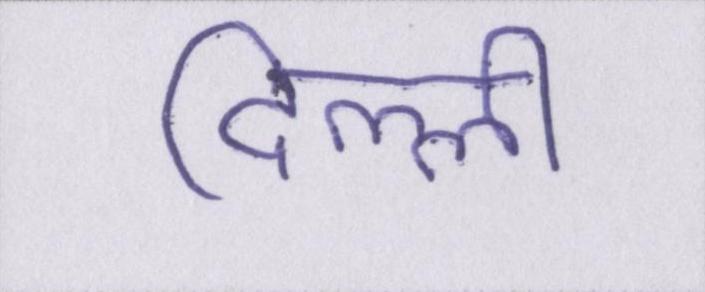
दिल्ली